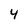
Character: 4